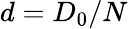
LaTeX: d=D_{0}/N